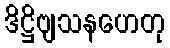
ဒိဋ္ဌိဗျသနဟေတု